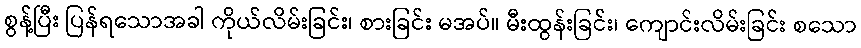
စွန့်ပြီး ပြန်ရသောအခါ ကိုယ်လိမ်းခြင်း၊ စားခြင်း မအပ်။ မီးထွန်းခြင်း၊ ကျောင်းလိမ်းခြင်း စသော